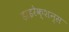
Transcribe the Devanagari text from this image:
डाइरेक्शन्स